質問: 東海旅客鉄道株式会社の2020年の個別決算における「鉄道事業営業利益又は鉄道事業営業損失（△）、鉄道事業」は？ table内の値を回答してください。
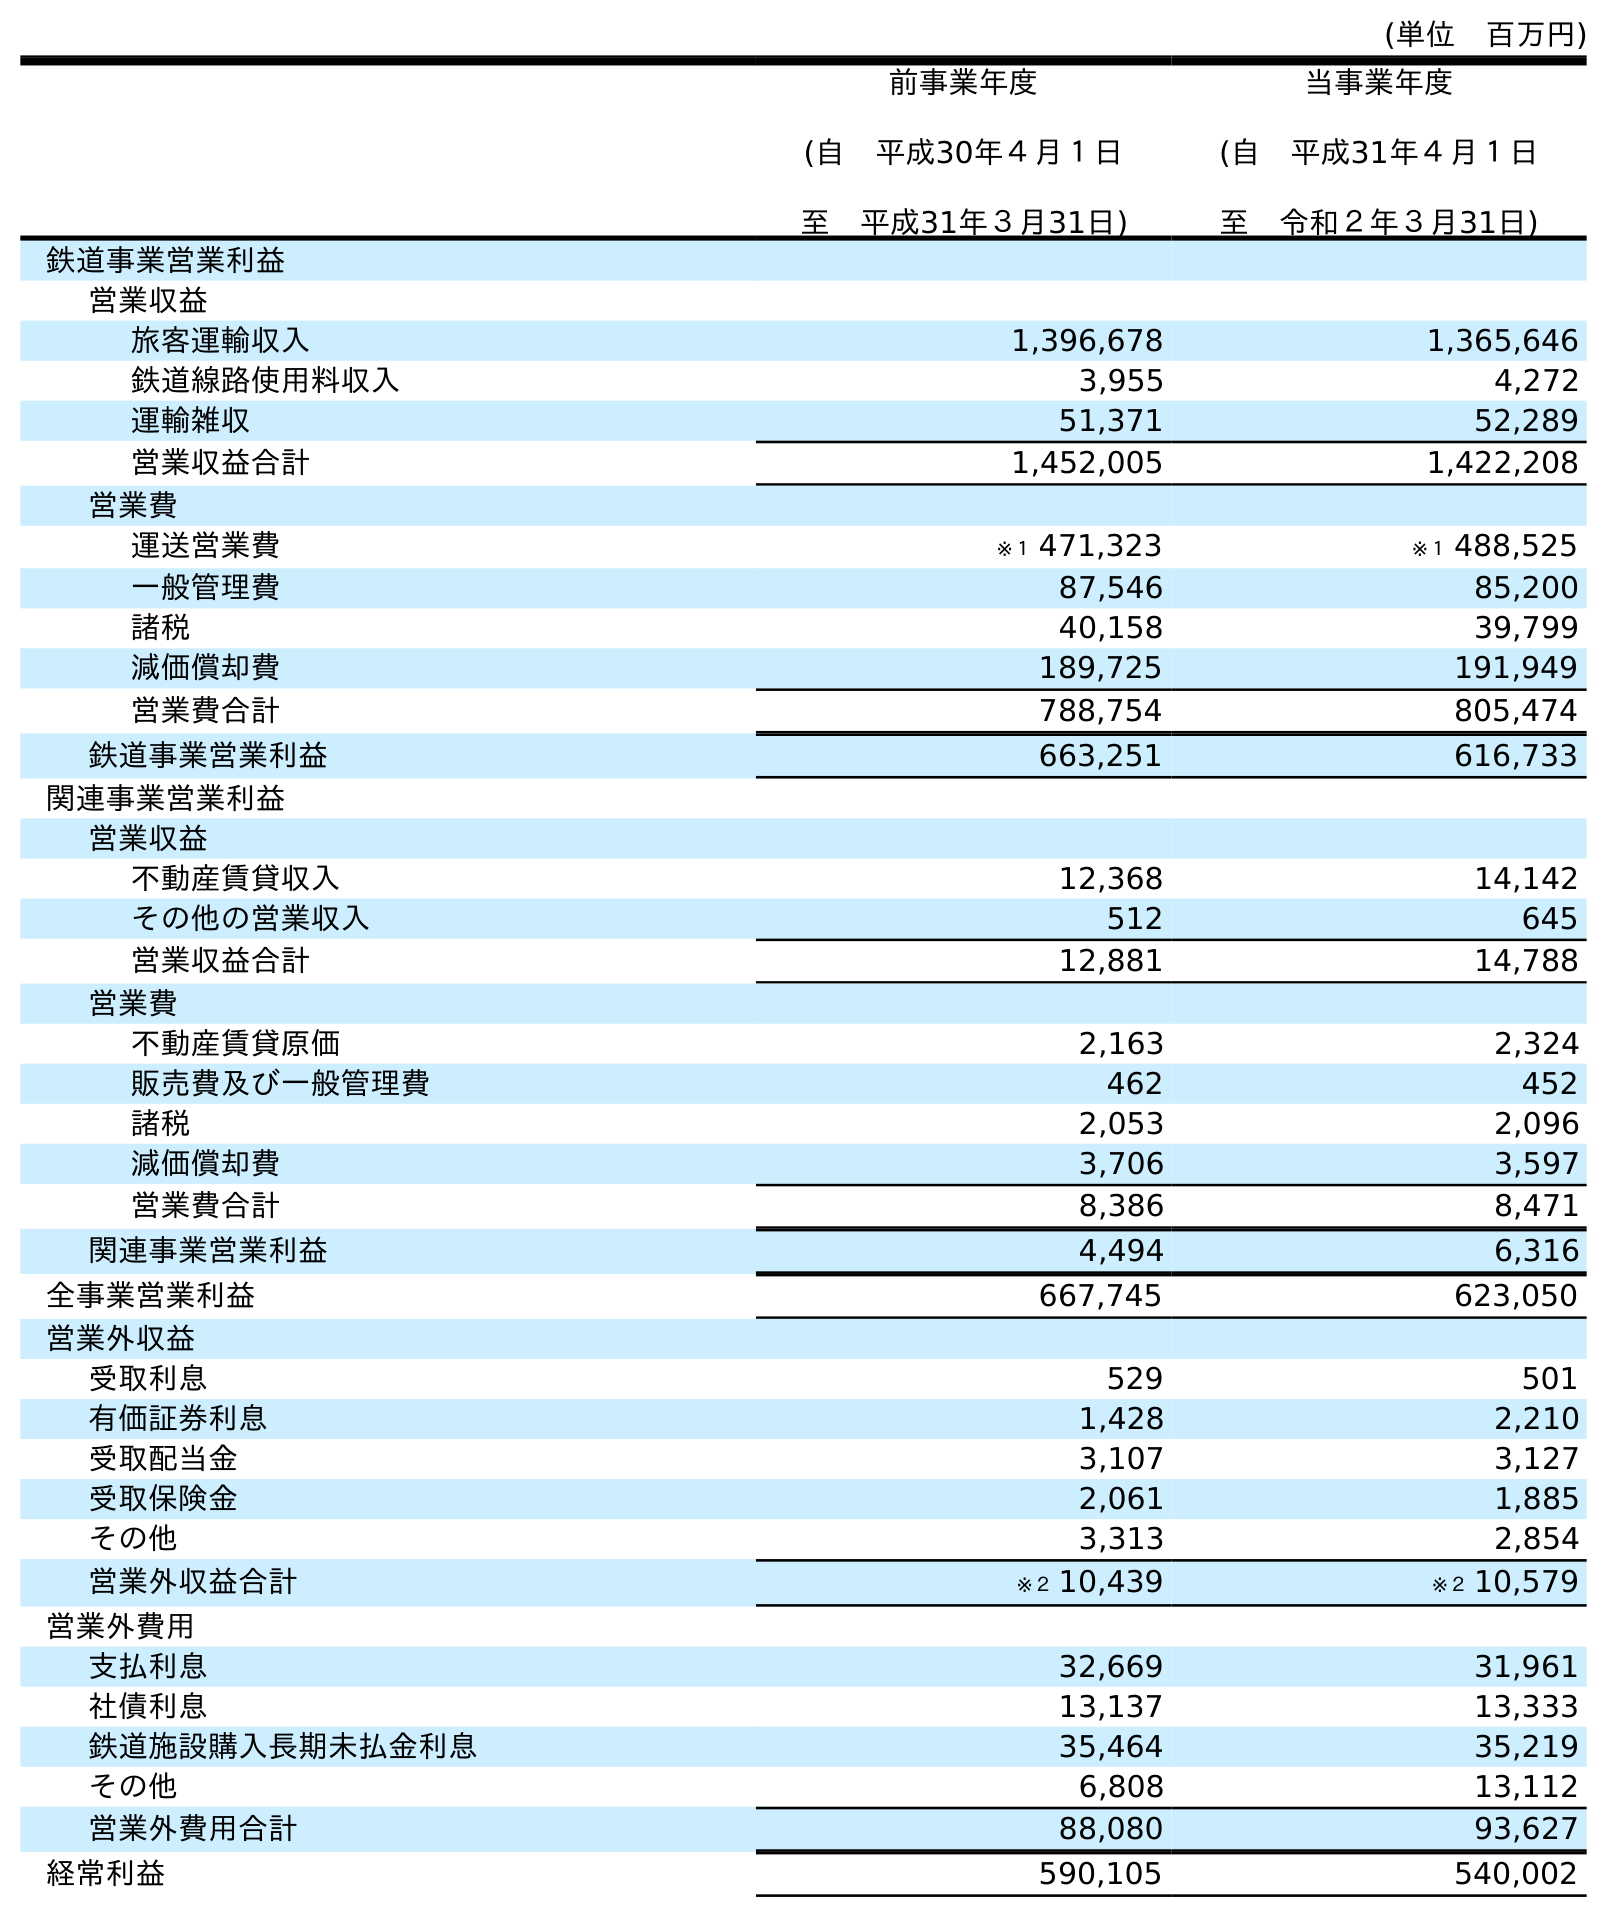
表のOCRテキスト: (単位 百万円) 前事業年度 (自 平成30年４月１日 至 平成31年３月31日) 当事業年度 (自 平成31年４月１日 至 令和２年３月31日) 鉄道事業営業利益 営業収益 旅客運輸収入 1,396,678 1,365,646 鉄道線路使用料収入 3,955 4,272 運輸雑収 51,371 52,289 営業収益合計 1,452,005 1,422,208 営業費 運送営業費 ※１ 471,323 ※１ 488,525 一般管理費 87,546 85,200 諸税 40,158 39,799 減価償却費 189,725 191,949 営業費合計 788,754 805,474 鉄道事業営業利益 663,251 616,733 関連事業営業利益 営業収益 不動産賃貸収入 12,368 14,142 その他の営業収入 512 645 営業収益合計 12,881 14,788 営業費 不動産賃貸原価 2,163 2,324 販売費及び一般管理費 462 452 諸税 2,053 2,096 減価償却費 3,706 3,597 営業費合計 8,386 8,471 関連事業営業利益 4,494 6,316 全事業営業利益 667,745 623,050 営業外収益 受取利息 529 501 有価証券利息 1,428 2,210 受取配当金 3,107 3,127 受取保険金 2,061 1,885 その他 3,313 2,854 営業外収益合計 ※２ 10,439 ※２ 10,579 営業外費用 支払利息 32,669 31,961 社債利息 13,137 13,333 鉄道施設購入長期未払金利息 35,464 35,219 その他 6,808 13,112 営業外費用合計 88,080 93,627 経常利益 590,105 540,002
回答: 616,733